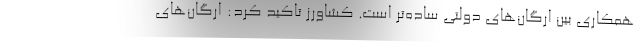
همکاری‌ بین ارگان‌های دولتی ساده‌تر است. کشاورز تاکید کرد: ارگان‌های